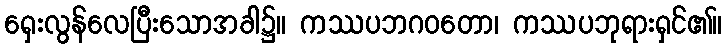
ရှေးလွန်လေပြီးသောအခါ၌။ ကဿပဘဂဝတော၊ ကဿပဘုရားရှင်၏။